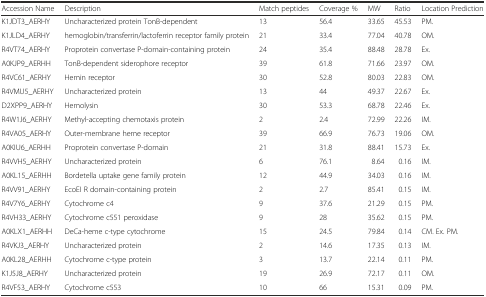
<table><thead><tr><td><b>Accession Name</b></td><td><b>Description</b></td><td><b>Match peptides</b></td><td><b>Coverage %</b></td><td><b>MW</b></td><td><b>Ratio</b></td><td><b>Location Prediction</b></td></tr></thead><tbody><tr><td>K1JDT3_AERHY</td><td>Uncharacterized protein TonB-dependent</td><td>13</td><td>56.4</td><td>33.65</td><td>45.53</td><td>PM.</td></tr><tr><td>K1JLD4_AERHY</td><td>hemoglobin/transferrin/lactoferrin receptor family protein</td><td>21</td><td>33.4</td><td>77.04</td><td>40.78</td><td>OM.</td></tr><tr><td>R4VT74_AERHY</td><td>Proprotein convertase P-domain-containing protein</td><td>24</td><td>35.4</td><td>88.48</td><td>28.78</td><td>Ex.</td></tr><tr><td>A0KJP9_AERHH</td><td>TonB-dependent siderophore receptor</td><td>39</td><td>61.8</td><td>71.66</td><td>23.97</td><td>OM.</td></tr><tr><td>R4VC61_AERHY</td><td>Hemin receptor</td><td>30</td><td>52.8</td><td>80.03</td><td>22.83</td><td>OM.</td></tr><tr><td>R4VMU5_AERHY</td><td>Uncharacterized protein</td><td>13</td><td>44</td><td>49.37</td><td>22.67</td><td>Ex.</td></tr><tr><td>D2XPP9_AERHY</td><td>Hemolysin</td><td>30</td><td>53.3</td><td>68.78</td><td>22.46</td><td>Ex.</td></tr><tr><td>R4W1J6_AERHY</td><td>Methyl-accepting chemotaxis protein</td><td>2</td><td>2.4</td><td>72.99</td><td>22.26</td><td>IM.</td></tr><tr><td>R4VA05_AERHY</td><td>Outer-membrane heme receptor</td><td>39</td><td>66.9</td><td>76.73</td><td>19.06</td><td>OM.</td></tr><tr><td>A0KIU6_AERHH</td><td>Proprotein convertase P-domain</td><td>21</td><td>31.8</td><td>88.41</td><td>15.73</td><td>Ex.</td></tr><tr><td>R4VVH5_AERHY</td><td>Uncharacterized protein</td><td>6</td><td>76.1</td><td>8.64</td><td>0.16</td><td>IM.</td></tr><tr><td>A0KL15_AERHH</td><td>Bordetella uptake gene family protein</td><td>12</td><td>44.9</td><td>34.03</td><td>0.16</td><td>IM.</td></tr><tr><td>R4VV91_AERHY</td><td>EcoEI R domain-containing protein</td><td>2</td><td>2.7</td><td>85.41</td><td>0.15</td><td>IM.</td></tr><tr><td>R4V7Y6_AERHY</td><td>Cytochrome c4</td><td>9</td><td>37.6</td><td>21.29</td><td>0.15</td><td>PM.</td></tr><tr><td>R4VH33_AERHY</td><td>Cytochrome c551 peroxidase</td><td>9</td><td>28</td><td>35.62</td><td>0.15</td><td>PM.</td></tr><tr><td>A0KLX1_AERHH</td><td>DeCa-heme c-type cytochrome</td><td>15</td><td>24.5</td><td>79.84</td><td>0.14</td><td>CM. Ex. PM.</td></tr><tr><td>R4VKJ3_AERHY</td><td>Uncharacterized protein</td><td>2</td><td>14.6</td><td>17.35</td><td>0.13</td><td>IM.</td></tr><tr><td>A0KL28_AERHH</td><td>Cytochrome c-type protein</td><td>3</td><td>13.7</td><td>22.14</td><td>0.11</td><td>PM.</td></tr><tr><td>K1J5J8_AERHY</td><td>Uncharacterized protein</td><td>19</td><td>26.9</td><td>72.17</td><td>0.11</td><td>OM.</td></tr><tr><td>R4VF53_AERHY</td><td>Cytochrome c553</td><td>10</td><td>66</td><td>15.31</td><td>0.09</td><td>PM.</td></tr></tbody></table>